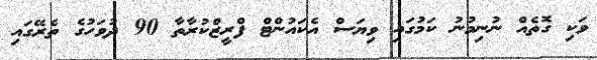
ވަކި ގޮތެއް ނުނިމުނު ކަމުގައި ވިޔަސް އެކައުންޓް ފްރީޒްކުރާތާ 90 ދުވަހުގެ ތެރޭގައި